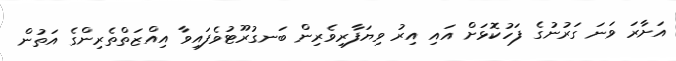
އަށާރަ ވަނަ ގަރުނުގެ ފަހުކޮޅަށް އައި އިރު ވިޔަފާރިވެރިން ބަނގުރޫޓުވެފައިވާ އިއްޒަތްތެރިންގެ އަތުން